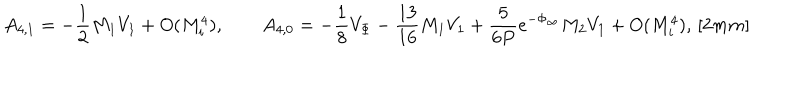
LaTeX: A _ { 4 , 1 } = - \frac { 1 } { 2 } M _ { 1 } V _ { 1 } + O ( M _ { i } ^ { 4 } ) , \qquad A _ { 4 , 0 } = - \frac { 1 } { 8 } V _ { \Phi } - \frac { 1 3 } { 1 6 } M _ { 1 } V _ { 1 } + \frac { 5 } { 6 P } e ^ { - \Phi _ { \infty } } M _ { 2 } V _ { 1 } + O ( M _ { i } ^ { 4 } ) , \, [ 2 m m ]